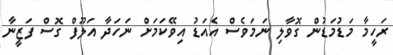
ރަހީމާ މަޑުމަޑުން ގޮވާލި ނަމަވެސް އެއަޑު އިވޭކަމަށް ނަހަދާ އަލޫފް ގޮސް ފަޒީނާ